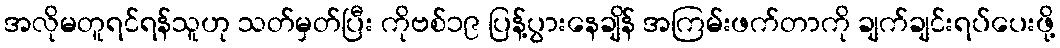
အလိုမတူရင်ရန်သူဟု သတ်မှတ်ပြီး ကိုဗစ်၁၉ ပြန့်ပွားနေချိန် အကြမ်းဖက်တာကို ချက်ချင်းရပ်ပေးဖို့